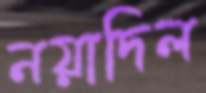
নয়াদিল